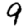
Digit: 9